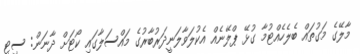
މާލޭގެ މަގުތައް ބެލެހެއްޓުމާ ގުޅޭ ޕްލޭނެއް އެކުލަވާލަނީދަރުބާރުގެ މައްސަލާގައި ކޯޓަށް ދާނަން: ސިޓީ